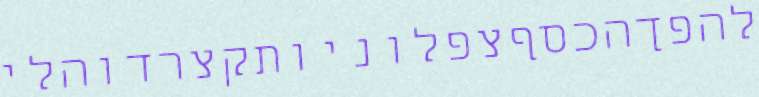
להפךהכסףצפלוניותקצרדוהלי